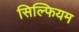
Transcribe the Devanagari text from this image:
सिल्फियम